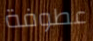
عطوفة